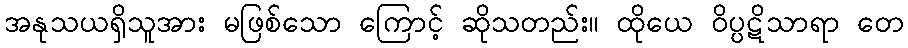
အနုသယရှိသူအား မဖြစ်သော ကြောင့် ဆိုသတည်း။ ထိုယေ ဝိပ္ပဋိသာရာ တေ